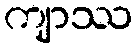
ကျာဿ